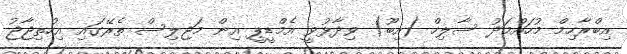
އިބްރާހިމް މުހައްމަދު ސާލިހް (އިބޫ) ވިދާޅުވީ އެމްޑީޕީ އިން މަޖިލިސް ތެރޭގައި އިހުތިޖާޖު